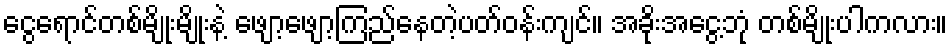
ငွေရောင်တစ်မျိုးမျိုးနဲ့ ဖျော့ဖျော့ကြည်နေတဲ့ပတ်ဝန်းကျင်၊၊ အခိုးအငွေ့ဘုံ တစ်မျိုးပါကလား။